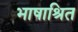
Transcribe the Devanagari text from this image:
भाषाश्रित